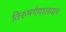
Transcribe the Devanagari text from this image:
तिरुमगैयालवार